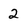
Character: 2